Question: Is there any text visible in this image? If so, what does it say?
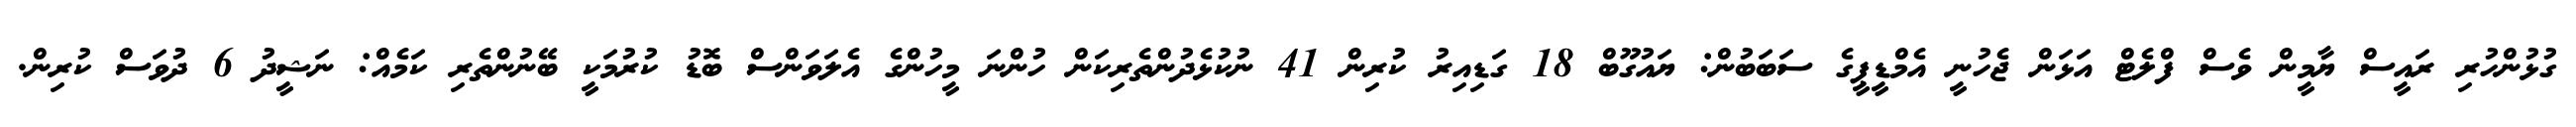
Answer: ގުޅުންހުރި ރައީސް ޔާމީން ވެސް ފްލެޓް އަޅަން ޖެހުނީ އެމްޑީޕީގެ ސަބަބުން: ޔައުގޫބް 18 ގަޑިއިރު ކުރިން 41 ނުކުޅެދުންތެރިކަން ހުންނަ މީހުންގެ އެލަވަންސް ބޮޑު ކުރުމަކީ ބޭނުންތެރި ކަމެއް: ނަޝީދު 6 ދުވަސް ކުރިން.